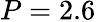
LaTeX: P=2.6